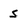
Character: s